Vital statistics of India. Vol. VI, European troops 1870-79
Year: 1870
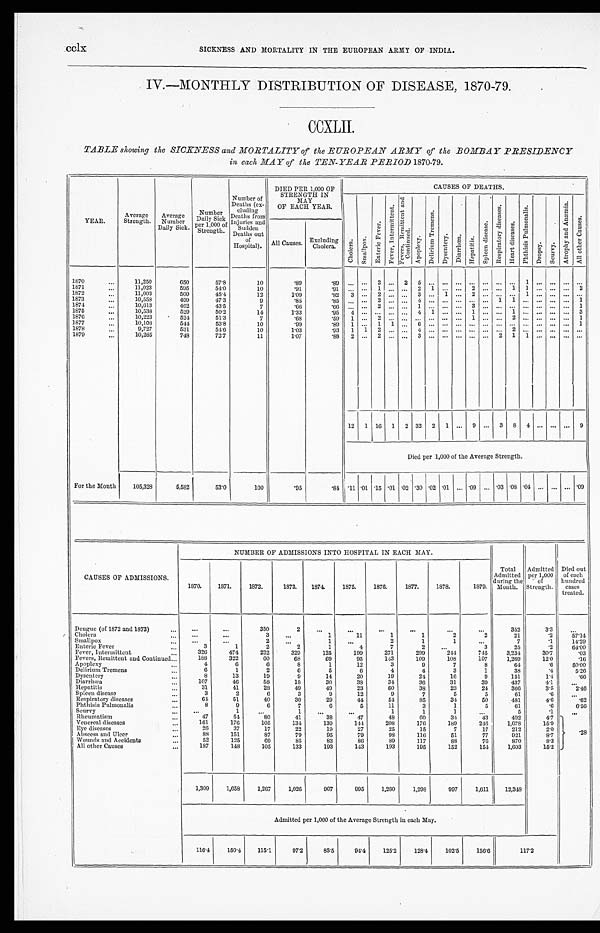
CC1X
SICKNESS AND MORTALITY IN THE EUROPEAN ARMY OF INDIA..
IV.—MONTHLY DISTRIBUTION OF DISEASE, 1870-79.
CCXLII.
TABLE showing the SICKNESS and MORTALITY of the EUROPEAN ARMY of the BOMBAY PRESIDENCY
in each MAY of the TEN-YEAR PERIOD 1870-79.
YEAR.
Average
Strength.
Average
Number
Daily Sick.
Number
Daily Sick
per 1 000 of
S t r e n g t h .
Number of
Deaths (ex-
eluding
Deaths from
Injuries and
Sudden
Deaths out
of
Hospital).
DIED PER 1,000 OF
STRENGTH IN
MAY
OF EACH YEAR.
CAUSES OF DEATHS.
C h o l e r a .
S m a l l p o x .
E n t e r i c F e v e r .
F e v e r , I n t e r m i t t e n t .
F e v e r s , R e m i t t e n t a n d
Co n t i n e d .
A p o p l e x y .
D e l i r i u m T r e m e n s .
D y s e n t e r y .
D i a r r h œ a .
H e p a t i t i s .
S p l e e n d i s e a s e .
R e s p i r a t o r y d i s e a s e s .
H e a r t d i s e a s e s .
P h t h i s i s P u l m o n a l i s .
D r o p s y .
S c u r y .
A t r o p h y a n d A n æ m i a .
A l l o t h e r C a u s e s .
All Causes.
Excluding
Cholera .
1870
11,250
650
57.8
10
.89
. 8 9 ...
...
2
. . .
2
5
. . .
. . .
. . .
. . ....
. . . ...
1
. . .
. . .
. . . ...
1871
11,023
595
54.0
10
.91
. 9 1 ...
...
1
. . .
. . . .
2
1
. . .
. . .
2 ...
. . . 1
1
. . .
. . .
. . . 2
1872
11,003
500
45.4
12
1.09
. 8 2 3
...
2
. . .
. . .
3
. . .
1
. . .
2 ...
. . . ...
1
. . .
. . .
. . .
. . .
1873
10,558
499
47.3
9
.85
. 8 5 ...
...
2
. . .
. . .
4
. . .
. . .
. . .
. . ....
1 1
. . .
. . .
. . .
. . . 1
1874
10,613
462
43.5
7
. 6 6
. 6 6 ...
...
2
. . .
. . .
1
. . .
. . .
. . .
3 ...
. . .
. . .
. . .
. . .
. . .
. . . 1
1875
10,538
529
50.2
14
1.33
. 9 5 4
...
. . .
. . .
. . .
4
1
. . .
. . .
1
...
. . . 1
. . . ...
...
...
3
1876
10,223
524
51.3
7
.68
. 5 9 1
...
2
. . .
. . .
. . .
. . .
. . .
. . .
1 ...
. . . 2
. . .
. . .
. . .
. . . 1
1877
10,108
544
53.8
10
.99
.89
1
. . .
1
1
...
6 ...
...
...
...
...
...
...
...
...
...
1
1878
9,727
531
54.6
10
1.03
. 9 31
1
2
. . .
. . .
4
. . .
. . .
. . .
. . . ...
. . . 2
. . .
. . .
. . .
. . . ...
1879
10,285
748
72.7
11
1.07
. 8 82
...
2
. . .
. . .
3
. . .
. . .
. . .
. . . ...
2 1
1
. . .
. . .
. . . ...
12
1
16
1
2
32
2
1
...
9
...
3
8
4
...
...
...
9
Died per 1,000 of the Average Strength.
For the Month
1 0 5 , 3 2 8
5,582
53.0
100
.95
.84
. 11
.01 .15
. 0 1 .02 .30 .02 .01
... .09
... .03
.08 .04
...
...
...
.09
NUMBER OF ADMISSIONS INTO HOSPITAL IN EACH MAY.
CAUSES OF ADMISSIONS.
1870.
1871.
1872.
1873.
1874.
1875.
1870.
1877.
1878.
1879.
Total
Admitted
during the
Month.
Admitted
per 1,000
of
Strength.
Died out
of each
hundred
cases
treated.
Dengue (of 1872 and 1873)
. . . ...
350
2
...
...
. . .
...
...
. . .
352
3.3
. . .
Cholera
...
...
3
...
1
11
1
1
2
2
2 1
. 2
5 7 . 1 4
Smallpox
. . .
. . .
2
...
1
...
2
1
1
...
7
. 1
14.29
Enteric Fever
3
1
2
2
1
4
7
2
. . .
3
2 5
. 2
6 4 . 0 0
Fever, Intermittent
326
474
222
329
125
199
271
2 9 9
2 4 4
7 4 5
3 , 2 3 4
3 0 . 7
. 0 3
Fevers, Remittent and Continued
188
322
6 0
68
69
95
1 4 3
1 0 9
1 0 8
1 0 7
1 , 2 6 9
1 2 . 0
. 1 6
Apoplex
4
6
6
8
1
12
3
9
7
8
6 4
. 6
50.00
Delirium Tremens
6
1
2
6
5
6
4
4
3
1
3 8
. 4
5 . 2 6
Dysentery
8
13
19
9
14
20
19
24
16
9
1 5 1
1 . 4
. 6 6
Diarrhœa
107
46
58
18
30
38
34
36
31
39
437
4 . 1
. . .
Hepatitis
3 1
41
28
49
49
23
6 0
38
23
24
366
3 . 5
2.46
Spleen disease
3
2
6
3
9
12
9
7
5
5
61
. 6
. . .
Respiratory diseases
64
51
40
30
29
44
54
85
34
50
481
4 . 6
. 6 2
Phthisis Pulmonalis
8
9
6
7
6
5
11
3
1
5
61
. 6
6.56
Scurvy
...
1
...
1
...
...
1
1
1
...
5
. 1
. . .
Rheumatism
47
54
80
41
38
47
48
6 0
34
43
492
4 . 7
Venereal disease
1 6 1
176
105
134
139
144
208
176
189
246
1,678
1 5 . 9
Eye disease
2 6
37
17
22
19
27
25
15
7
17
212
2 . 0
. 2 8
Abscess and Ulcer
88
151
87
79
95
79
98
116
51
77
921
8 . 7
Wounds and Accidents
52
125
69
85
83
86
89
117
88
76
870
8 . 3
All other Causes
187
148
105
133
193
143
193
195
152
154
1,603
1 5 . 2
1,309
1,658
1,267
1,026
907
995
1,280
1,298
997
1,611
12,348
Admitted per 1,000 of the Average Strength in each May.
116.4
150.4
115.1
97.2
85.5
94.4
125.2
128.4
102.5
150.6
1 5 6 . 6
117.2